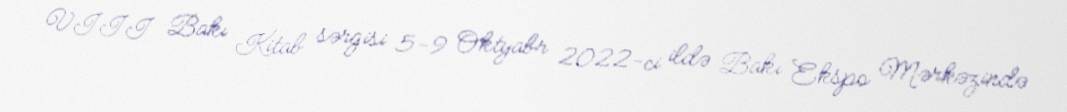
VIII Bakı Kitab sərgisi 5-9 Oktyabr 2022-ci ildə Bakı Ekspo Mərkəzində